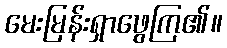
မေးမြန်းရှာဖွေကြ၏။